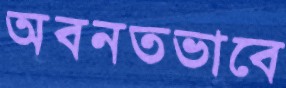
অবনতভাবে